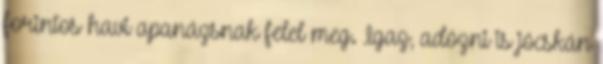
forintos havi apanázsnak felel meg. Igaz, adózni is jócskán